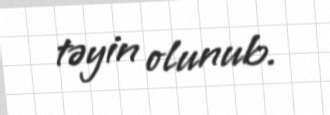
təyin olunub.